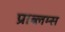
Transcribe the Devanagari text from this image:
प्राब्लम्स